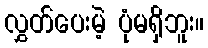
လွှတ်ပေးမဲ့ ပုံမရှိဘူး။